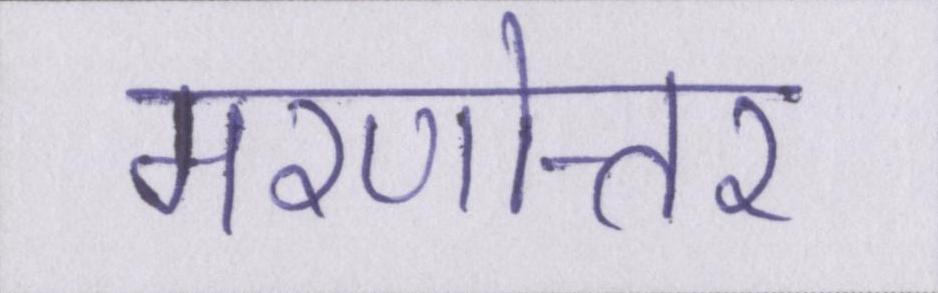
मरणोत्तर